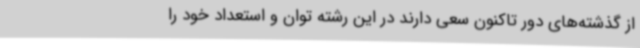
از گذشته‌های دور تاکنون سعی دارند در این رشته توان و استعداد خود را